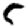
Digit: 5